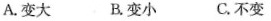
A.变大 B.变小 C.不变